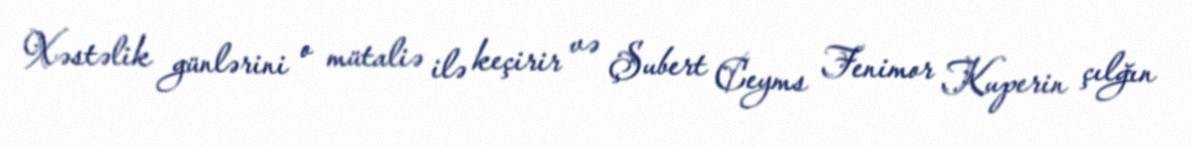
Xəstəlik günlərini o mütaliə ilə keçirir və Şubert Ceyms Fenimor Kuperin çılğın